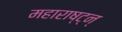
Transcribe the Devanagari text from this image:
महाराष्ट्न्